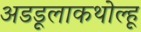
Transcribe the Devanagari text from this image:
अडडूलाकथोल्हू